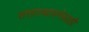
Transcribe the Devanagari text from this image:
सत्तास्थापनेसाठी